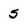
Character: 5